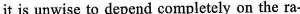
it is unwise to depend completely on the ra-